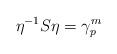
LaTeX: \begin{align*}\eta^{-1} S\eta=\gamma_{p}^{m}\end{align*}